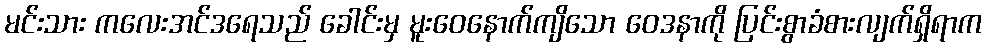
မင်းသား ကလေးအင်ဒရေသည် ခေါင်းမှ မူးဝေနောက်ကျိသော ဝေဒနာကို ပြင်းစွာခံစားလျက်ရှိရာက